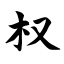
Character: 权